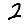
Digit: 2